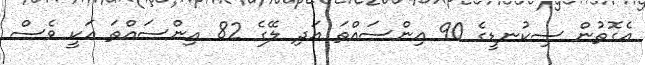
އެގޮތުން ސިކުނޑީގެ 90 އިންސައްތަ އަދި ލޭގެ 82 އިންސައްތަ އަކީ ވެސް